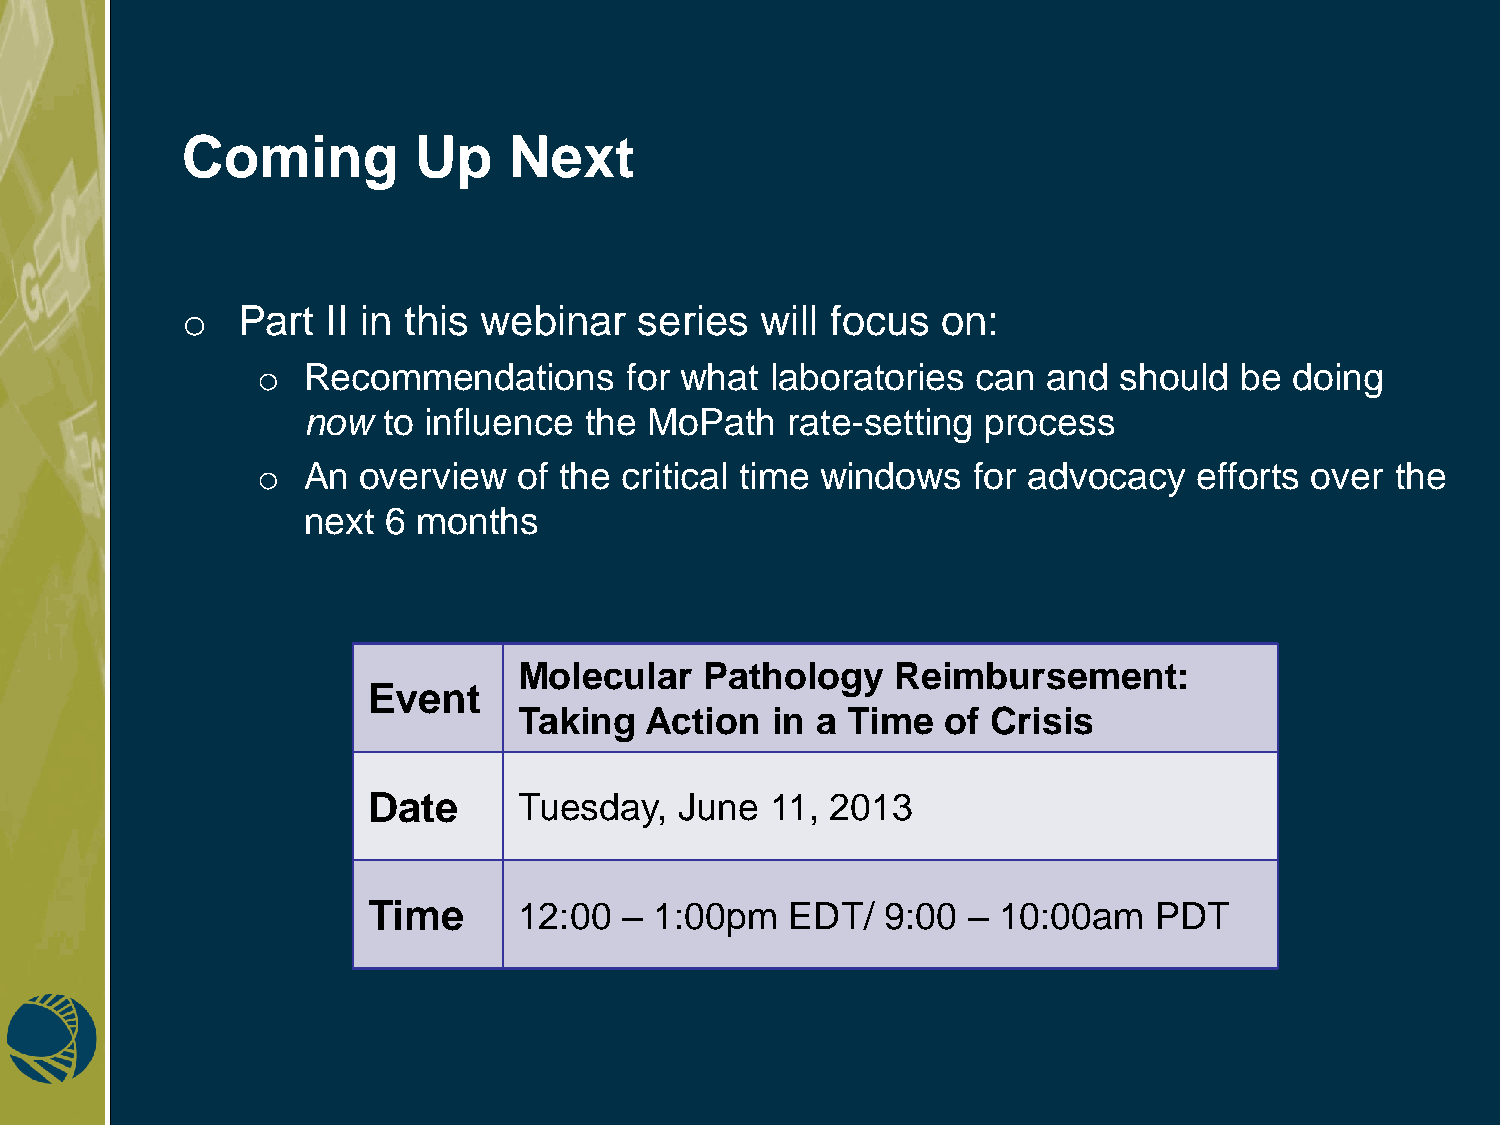
Coming         Up     Next
 o   Part  II in this webinar  series  will focus  on:
 o  Recommendations      for what  laboratories  can and  should  be  doing
 now  to influence  the MoPath   rate-setting process
 o  An  overview  of the critical time windows  for advocacy   efforts over the
 next 6  months
 Molecular    Pathology   Reimbursement:
 Event
 Taking   Action  in a Time   of Crisis
 Date      Tuesday,   June  11, 2013
 Time      12:00  – 1:00pm   EDT/   9:00 – 10:00am   PDT